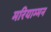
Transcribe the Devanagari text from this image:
मरियाम्मन